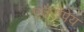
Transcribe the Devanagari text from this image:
एउरोपेय